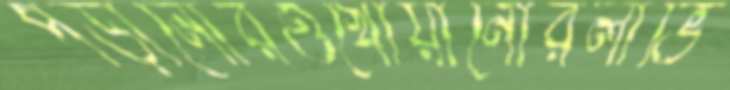
পড়ানোরওখোয়ানোরলার্ভি